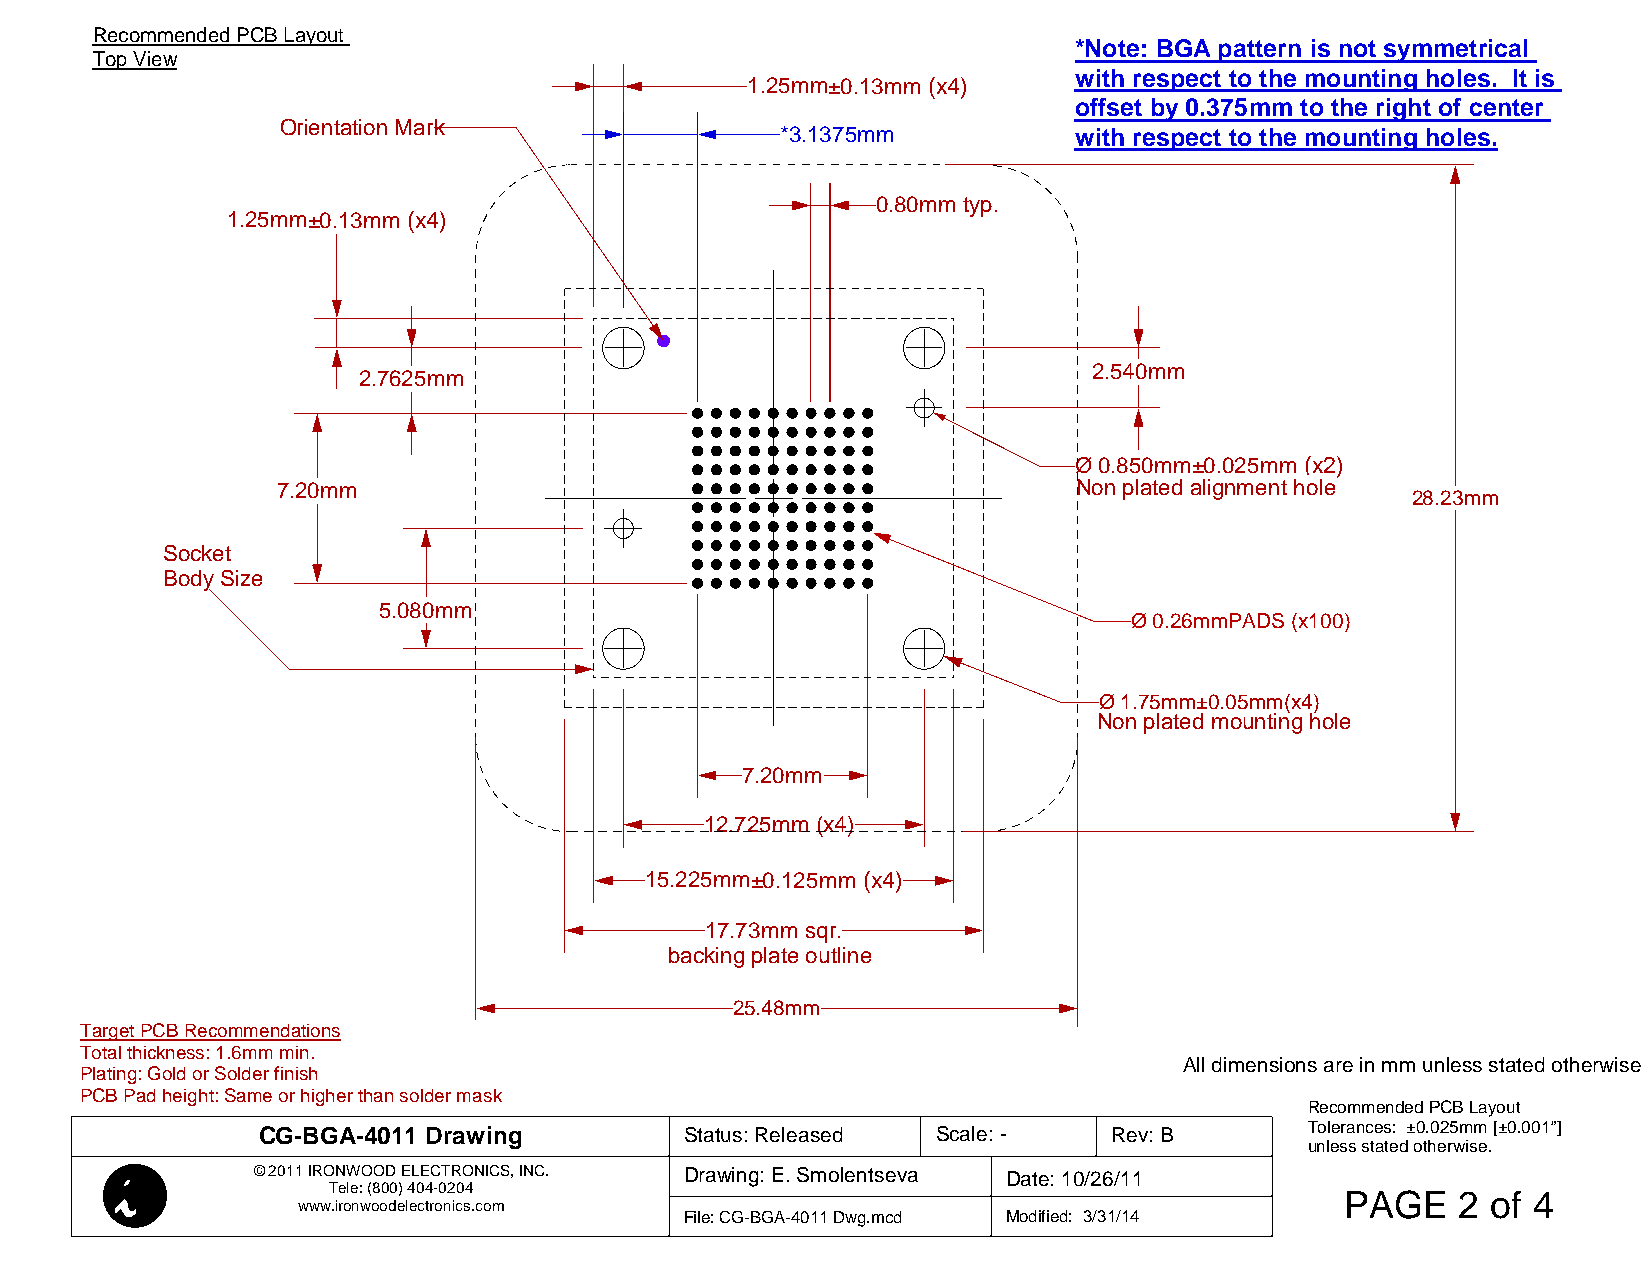
Recommended PCB Layout
 *Note: BGA pattern is not symmetrical
 Top View
 with respect to the mounting holes. It is
 1.25mm±0.13mm (x4)
 offset by 0.375mm to the right of center
 Orientation Mark                 *3.1375mm          with respect to the mounting holes.
 0.80mm typ.
 1.25mm±0.13mm (x4)
 2.540mm
 2.7625mm
 Ø 0.850mm±0.025mm (x2)
 7.20mm                                               Non plated alignment hole
 28.23mm
 Socket
 Body Size
 5.080mm
 Ø 0.26mmPADS (x100)
 Ø 1.75mm±0.05mm(x4)
 Non plated mounting hole
 7.20mm
 12.725mm (x4)
 15.225mm±0.125mm (x4)
 17.73mm sqr.
 backing plate outline
 25.48mm
 Target PCB Recommendations
 Total thickness: 1.6mm min.
 All dimensions are in mm unless stated otherwise
 Plating: Gold or Solder finish
 PCB Pad height: Same or higher than solder mask
 Recommended PCB Layout
 CG-BGA-4011 Drawing         Status: Released Scale: -    Rev: B       Tolerances: ±0.025mm [±0.001”]
 unless stated otherwise.
 © 2011 IRONWOOD ELECTRONICS, INC. Drawing: E. Smolentseva Date: 10/26/11
 Tele: (800) 404-0204
 PAGE    2 of 4
 www.ironwoodelectronics.com
 File: CG-BGA-4011 Dwg.mcd Modified: 3/31/14